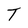
Character: T